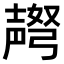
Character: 𫯅